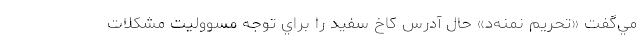
مي‌گفت «تحريم نمنه‌د» حال آدرس كاخ سفيد را براي توجه مسووليت مشكلات